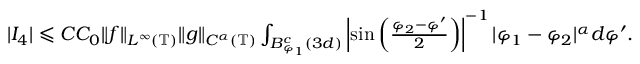
\begin{array} { r } { | I _ { 4 } | \leqslant C C _ { 0 } \| f \| _ { L ^ { \infty } ( \mathbb { T } ) } \| g \| _ { C ^ { \alpha } ( \mathbb { T } ) } \int _ { B _ { \varphi _ { 1 } } ^ { c } ( 3 d ) } \left| \sin \left( \frac { \varphi _ { 2 } - \varphi ^ { \prime } } { 2 } \right) \right| ^ { - 1 } | \varphi _ { 1 } - \varphi _ { 2 } | ^ { \alpha } d \varphi ^ { \prime } . } \end{array}